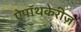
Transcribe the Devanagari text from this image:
ऐपॉथकेरीज़